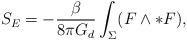
LaTeX: \begin{align*}S_{E} = - \frac{\beta}{8 \pi G_{d}} \int_{\Sigma} (F \wedge \ast F),\end{align*}